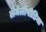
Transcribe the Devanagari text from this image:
लैमेलीपीडिया